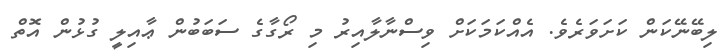
ލިބޭނޭކަން ކަށަވަރެވެ. އެއްކަމަކަށް ވިސްނާލާއިރު މި ރޯގާގެ ސަބަބުން ޢާއިލީ ގުޅުން އޮތް